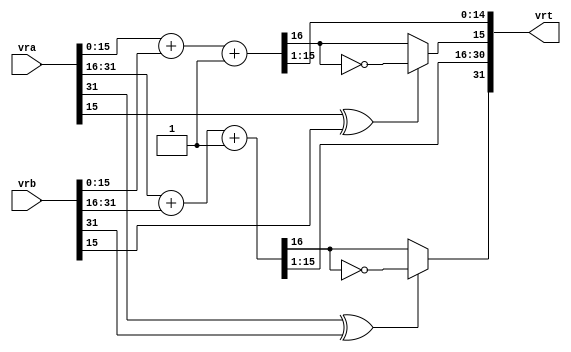
module vavgsh( vra, vrb, vrt );

input  [31 : 0] vra;
input  [31 : 0] vrb;
output [31 : 0] vrt;

wire   [31 : 0] vrt;
wire   [15 : 0] op0;
wire   [15 : 0] op1;

assign op0	= 	((vra[15: 0] + vrb[15: 0] + 1) >> 1);
assign op1	= 	((vra[31:16] + vrb[31:16] + 1) >> 1);
assign vrt	=	{(vra[31]^vrb[31] ? ~op1[15] : op1[15]), op1[14:0], (vra[15]^vrb[15] ? ~op0[15] : op0[15]), op0[14:0]};            

endmodule